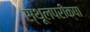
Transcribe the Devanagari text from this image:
स्थूलपरीक्षा